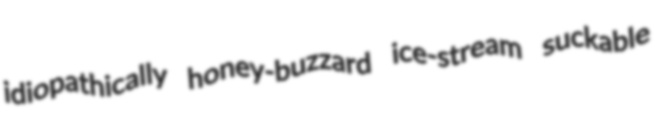
idiopathically honey-buzzard ice-stream suckable